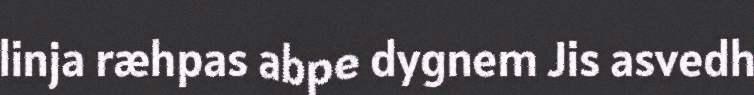
linja ræhpas abpe dygnem Jis asvedh